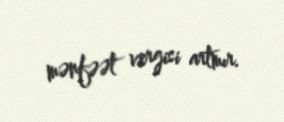
mənfəət vergisi artmır.